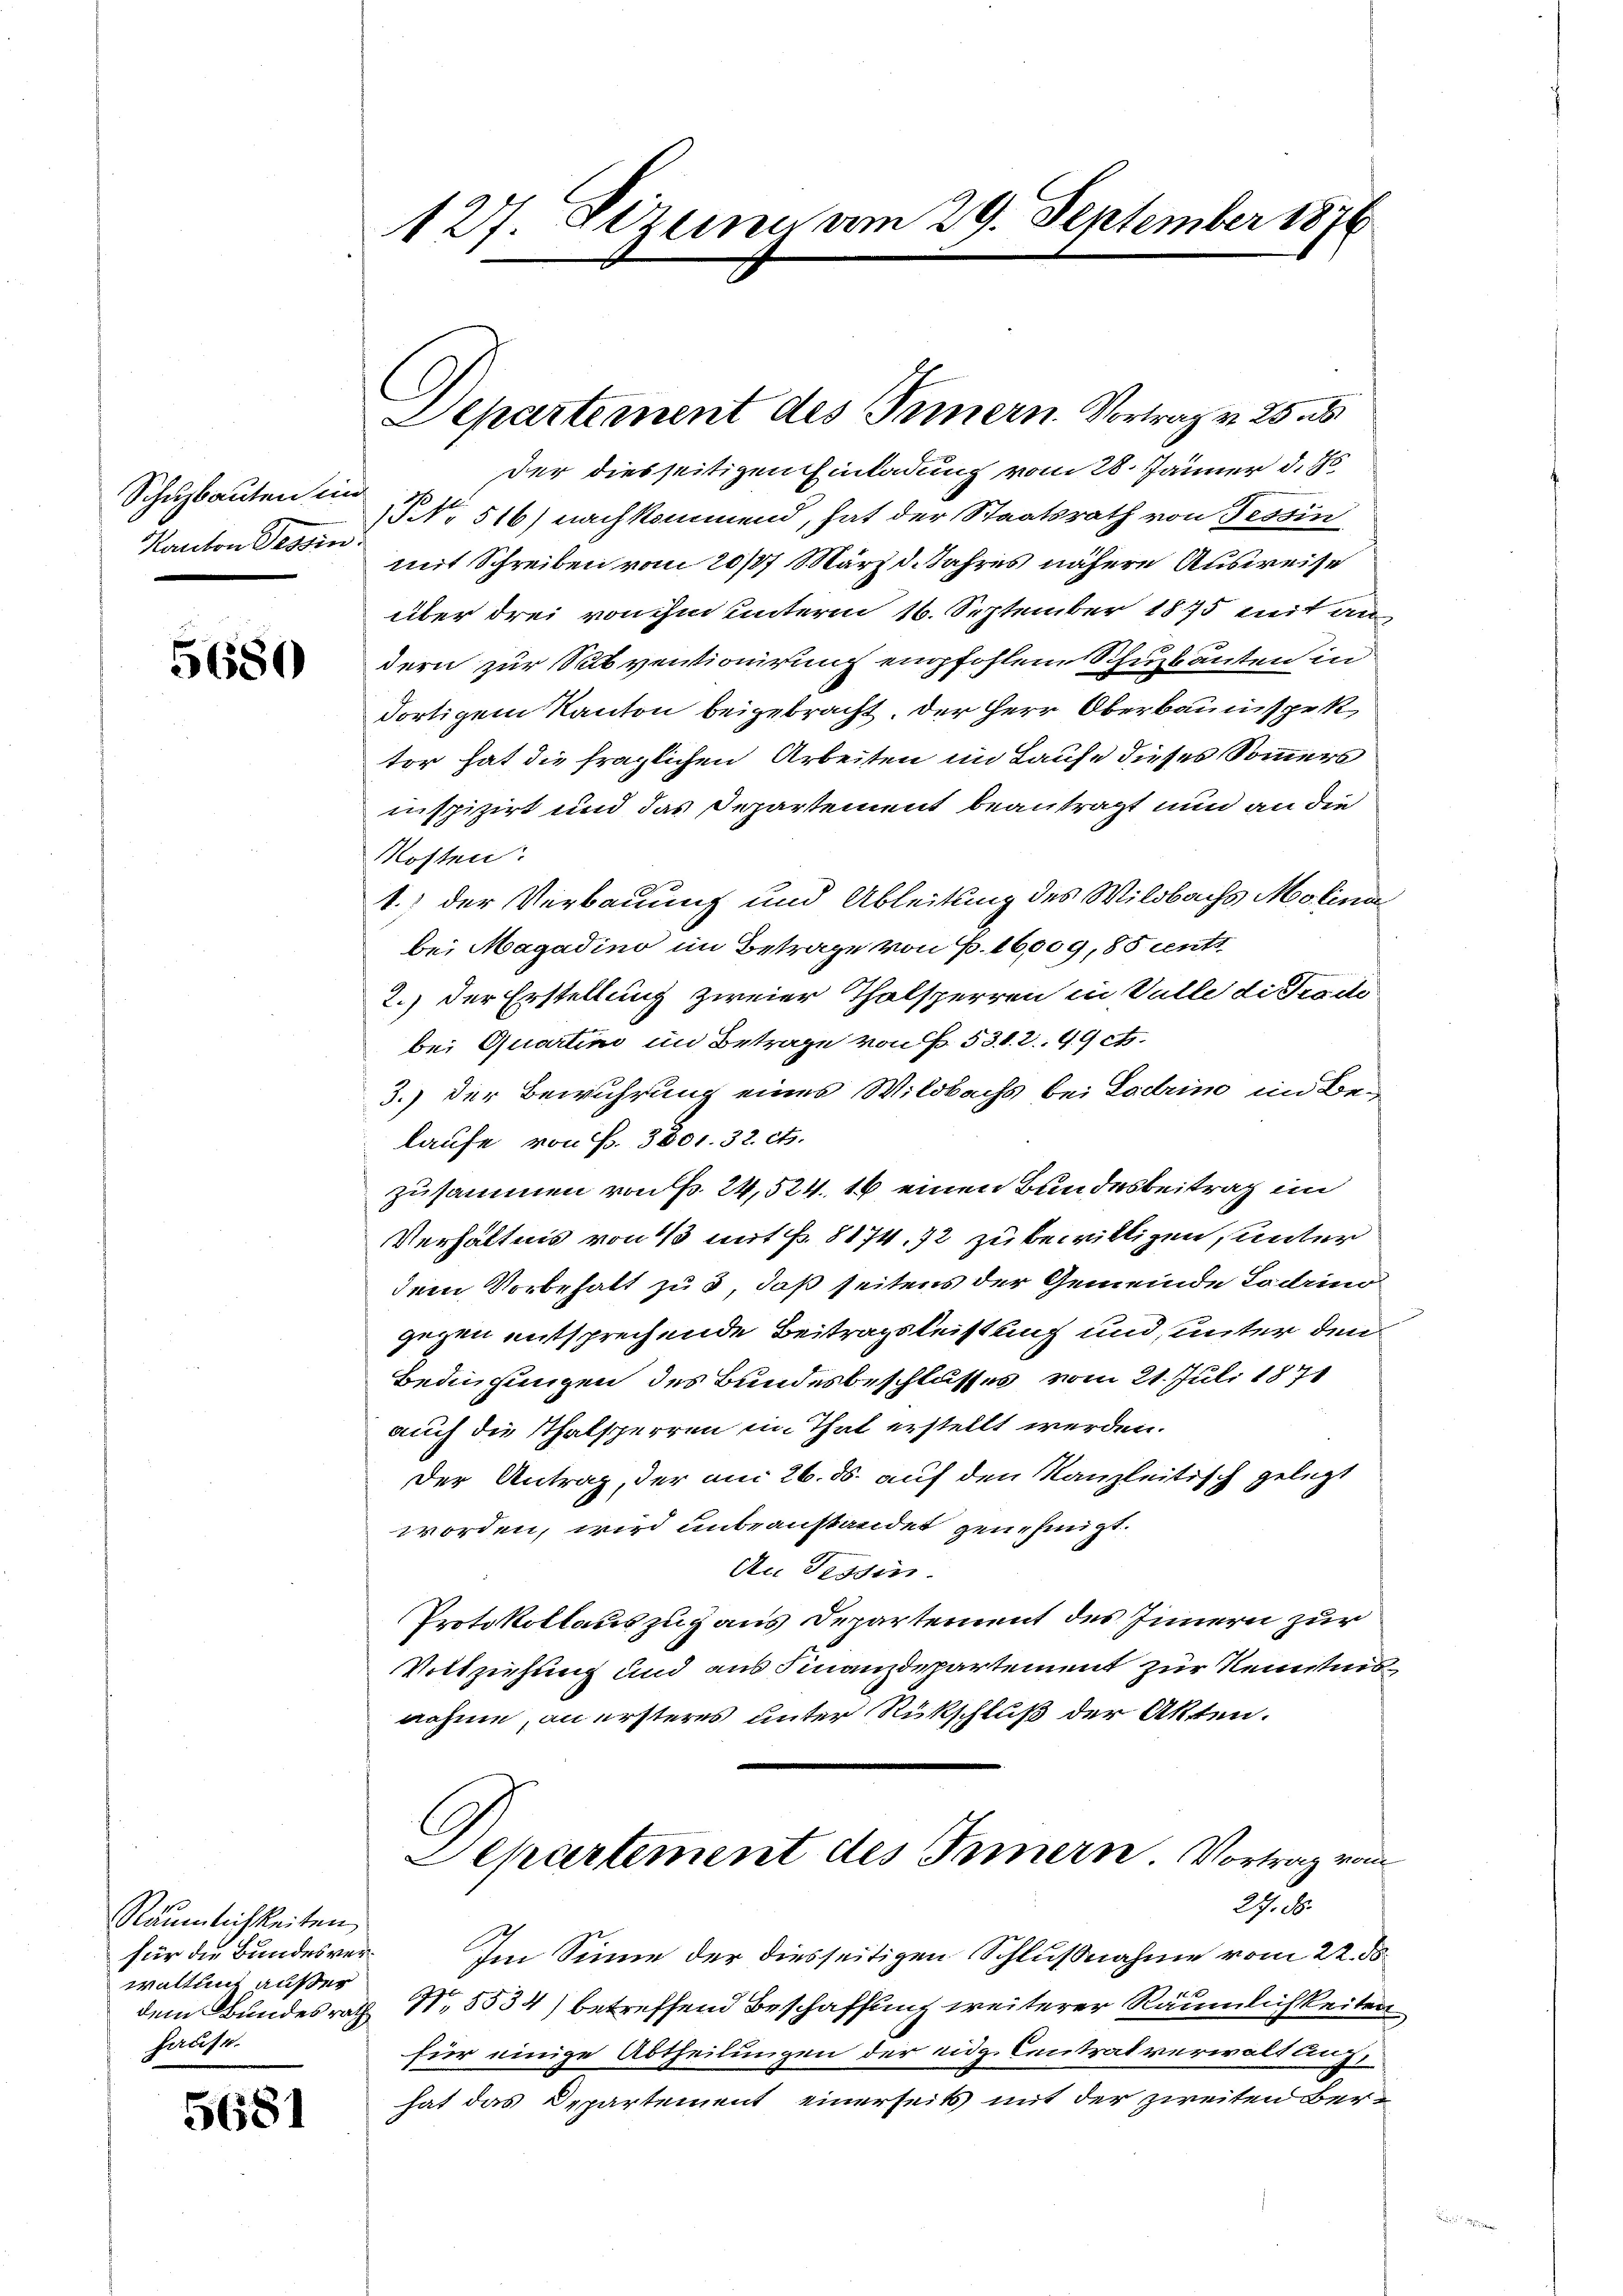
Schuzbauten im
Kanton Tessin.

5680

Räumlichkeiten
für die Bundesverwaltung außer
hause.

5681

127. Stzung am 29. September 1876

Departement des Triern Vortrag v. 25 s

der diesseitigen Einladung vom 28. Jänner d. Js.
NNo 516) nachkommend, hat der Staatsrath von Tessin
mit Schreiben vom 20/37 März d. Jahres nähere Ausweise
über drei von ihm unterm 16. September 1875 mit au
dern zur Subventionirung empfohlen Schuzbanten in
dortigem Kanton beigebracht. Der Herr Oberbauinspek
tor hat die fraglichen Arbeiten im Laufe dieses Sommers
nspizirt und das Departement beantragt nun an die
Kosten:
1.) der Verbauung und Ableitung des Wildbachs Molina
bei Magadino im Betrage von P. 16,009, 85 cent
2.) Der Erstellung zweier Thalsperren in Valle die Tode
bei Quartini im Betrage von P. 531. 299 c.
3.) Der Bewuhrung eines Wildbachs bei Lodrine im Belaufe von P. 3801. 32. cts.
zusammen von Fr. 24,524. 16 einen Bundesbeitrag im
Verhältnis von 1/3 mit fr. 8174. 72 zu bewilligen, unter
dem Vorbehalt zu 3, daß seitens der Gemeinde Ladino
gegen entsprechende Beitragsleistung und unter den
Bedingungen des Bundesbeschlusses vom 21. Juli 1871
auch die Thalsperren im That erstellt werden.
Der Antrag, der am 26. ds. auf den Kanzleitisch gelegt
worden, wird unbeanstandet genehmigt.
An Tessin.
Protokollauszug aus Departement des Innern zur
Vollziehung und aus Finanzdepartement zur Kenntnisnahme, an ersteres unter Rückschluß der Akten.
Aepartement des Innern. Vortrag von
s
Im Sinne der diesseitigen Schlußnahme vom 22. ds.
dem Bundesrath No. 5534) betreffend Beschaffung weiterer Räumlichkeiten
für einige Abtheilungen der eidg Centrat verwaltung
hat das Departement einerseits mit der zweiten Ber¬